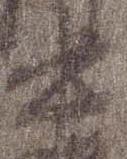
中